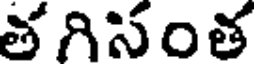
తగిసంత